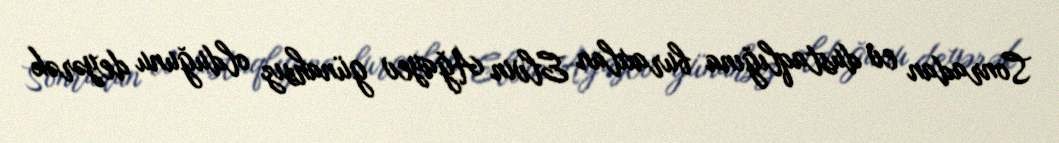
Sonradan ev dustaqlığına buraxılan Elvin Ağayev günahsız olduğunu deyərək